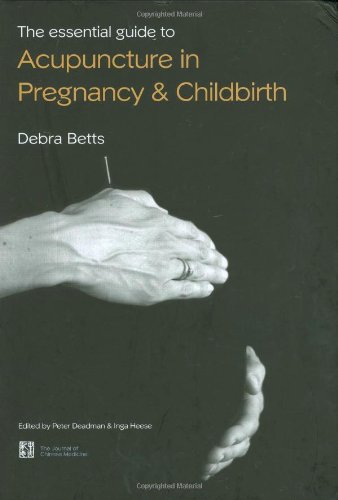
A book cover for The Essential Guide to Acupuncture in Pregnancy & Childbirth; Debra Betts; Health, Fitness & Dieting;